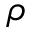
\rho